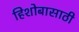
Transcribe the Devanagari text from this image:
हिशोबासाठी